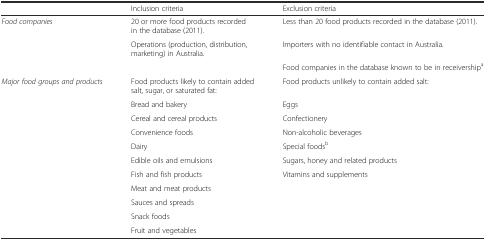
|  | Inclusion criteria | Exclusion criteria |
 | --- | --- | --- |
 | Food companies | 20 or more food products recorded in the database (2011). | Less than 20 food products recorded in the database (2011). |
 |  | Operations (production, distribution, marketing) in Australia. | Importers with no identifiable contact in Australia. |
 |  |  | Food companies in the database known to be in receivershipa |
 | Major food groups and products | Food products likely to contain added salt, sugar, or saturated fat: | Food products unlikely to contain added salt: |
 |  | Bread and bakery | Eggs |
 |  | Cereal and cereal products | Confectionery |
 |  | Convenience foods | Non-alcoholic beverages |
 |  | Dairy | Special foodsb |
 |  | Edible oils and emulsions | Sugars, honey and related products |
 |  | Fish and fish products | Vitamins and supplements |
 |  | Meat and meat products |  |
 |  | Sauces and spreads |  |
 |  | Snack foods |  |
 |  | Fruit and vegetables |  |